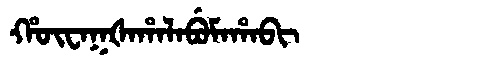
Manchu: ᡥᡡᠸᠠᡴᡧᠠᡥᠠᠯᠠᠪᡠᠮᠠᡥᠠᠪᡳ
Romanization: HŪWAKŠAHALABUMAHABI